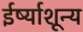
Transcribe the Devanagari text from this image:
ईर्ष्याशून्य